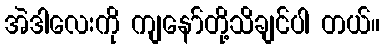
အဲဒါလေးကို ကျနော်တို့သိချင်ပါ တယ်။